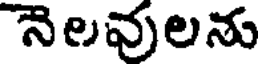
నెలవులను